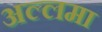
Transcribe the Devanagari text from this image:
अल्‍लमा